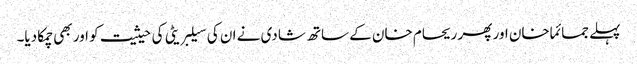
پہلے جمائما خان اور پھر ریحام خان کے ساتھ شادی نے ان کی سیلبریٹی کی حیثیت کو اور بھی چمکا دیا۔